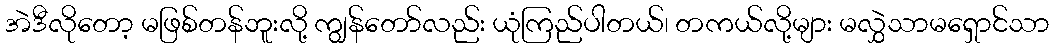
အဲဒီလိုတော့ မဖြစ်တန်ဘူးလို့ ကျွန်တော်လည်း ယုံကြည်ပါတယ်၊ တကယ်လို့များ မလွှဲသာမရှောင်သာ